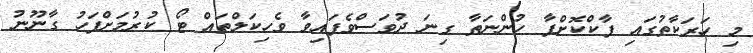
މި ހަރަކާތުގައި ޕާކްކޮށްފާ ހުންނަތާ ގިނަ ދުވަސްވެފައިވާ ވެހިކަލްތައް ޓޯ ކުރުމަށްފަހު ގާނޫނު